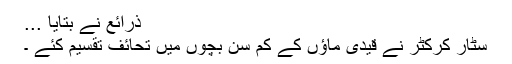
ذرائع نے بتایا ...
سٹار کرکٹر نے قیدی ماؤں کے کم سن بچوں میں تحائف تقسیم کئے ۔